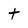
Character: t